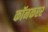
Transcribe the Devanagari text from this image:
कॉनकरर